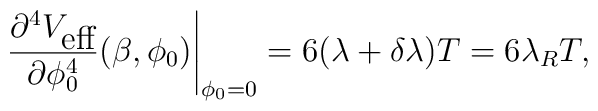
\left.\frac{\partial^{4}V_{\mbox{eff}}}{\partial \phi_{0}^{4}}(\beta,\phi_{0})\right|_{\phi_{0}=0}=6(\lambda +\delta\lambda)T=6\lambda_{R}T,